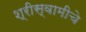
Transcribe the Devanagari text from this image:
श्रीस्वामीचे